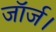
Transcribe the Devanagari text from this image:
जॉर्ज।